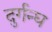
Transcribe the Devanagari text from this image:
दुर्गन्घ